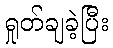
ရှုတ်ချခဲ့ပြီး